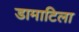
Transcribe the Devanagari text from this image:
डामाटिला